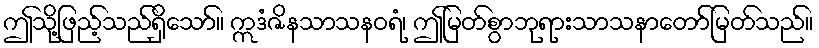
ဤသို့ဖြည့်သည်ရှိသော်။ ဣဒံဇိနသာသနဝရံ၊ ဤမြတ်စွာဘုရားသာသနာတော်မြတ်သည်။